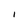
Character: I